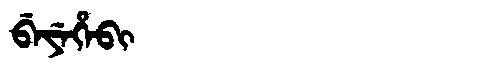
Manchu: ᠪᡝᠶᡝᡥᡝᠪᡳ
Romanization: BEYEHEBI